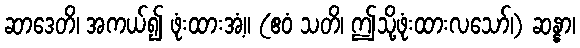
ဆာဒေတိ၊ အကယ်၍ ဖုံးထားအံ့။ (ဧဝံ သတိ၊ ဤသို့ဖုံးထားလသော်၊) ဆန္နာ၊